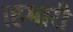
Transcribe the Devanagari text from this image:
।हमारी